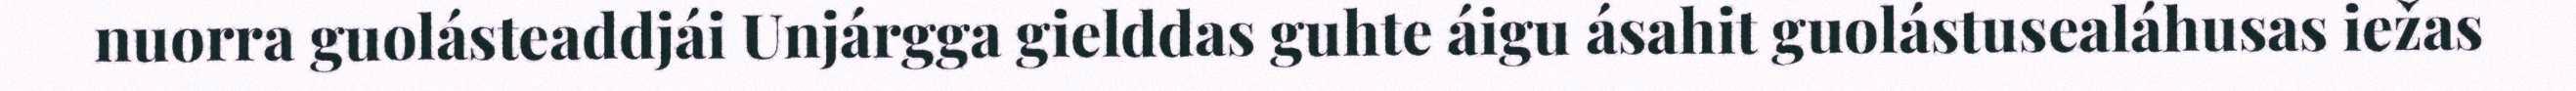
nuorra guolásteaddjái Unjárgga gielddas guhte áigu ásahit guolástusealáhusas iežas